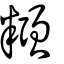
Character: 糨